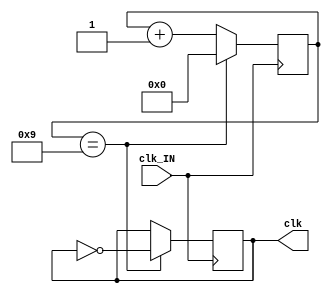
module CLOCK_DIVIDER(clk_IN,clk); // clock divider for top design

	input clk_IN;
	reg [7:0] counter=8'd0;
	output reg clk=1'd0;

	always@(posedge clk_IN)
		begin
			if (counter==8'd9) // generate 1mhz frequency from 50mhz internal oscillator
				begin
					counter=8'd0;
					clk=~clk;
				end
			else
				begin
					counter=counter +8'd1;
					
				end
		end
endmodule


module clk_generator(clk, s_tick); // Simple clock divider module to for UART 9600 baudrate(can use PLLs alse)
	input clk;
	output s_tick;
	parameter clk_devide_count=9'd320;
	reg [8:0]count =9'd0;
	
	always@(posedge clk)
		begin
			if(clk_devide_count==count) count =9'd0;
			else count=count + 1'b1;
		end
	
	assign s_tick =(count == clk_devide_count) ? 1'b1:1'b0;
endmodule